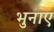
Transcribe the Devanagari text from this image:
भुनाए